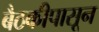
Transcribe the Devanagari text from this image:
बैठकीपासून